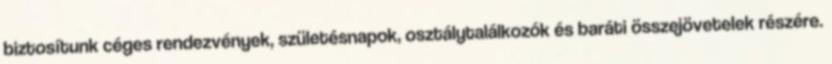
biztosítunk céges rendezvények, születésnapok, osztálytalálkozók és baráti összejövetelek részére.